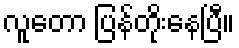
လူတော ပြန်တိုးနေပြီ။